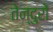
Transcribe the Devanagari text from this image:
तेन्दुरों